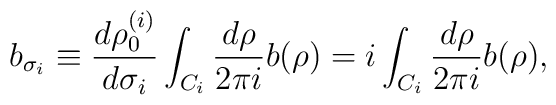
b_{\sigma_i}\equiv{d\rho_0^{(i)}\over d\sigma_i}\int_{C_i}{d\rho\over2\pi i}b(\rho) = i\int_{C_i}{d\rho\over2\pi i}b(\rho),